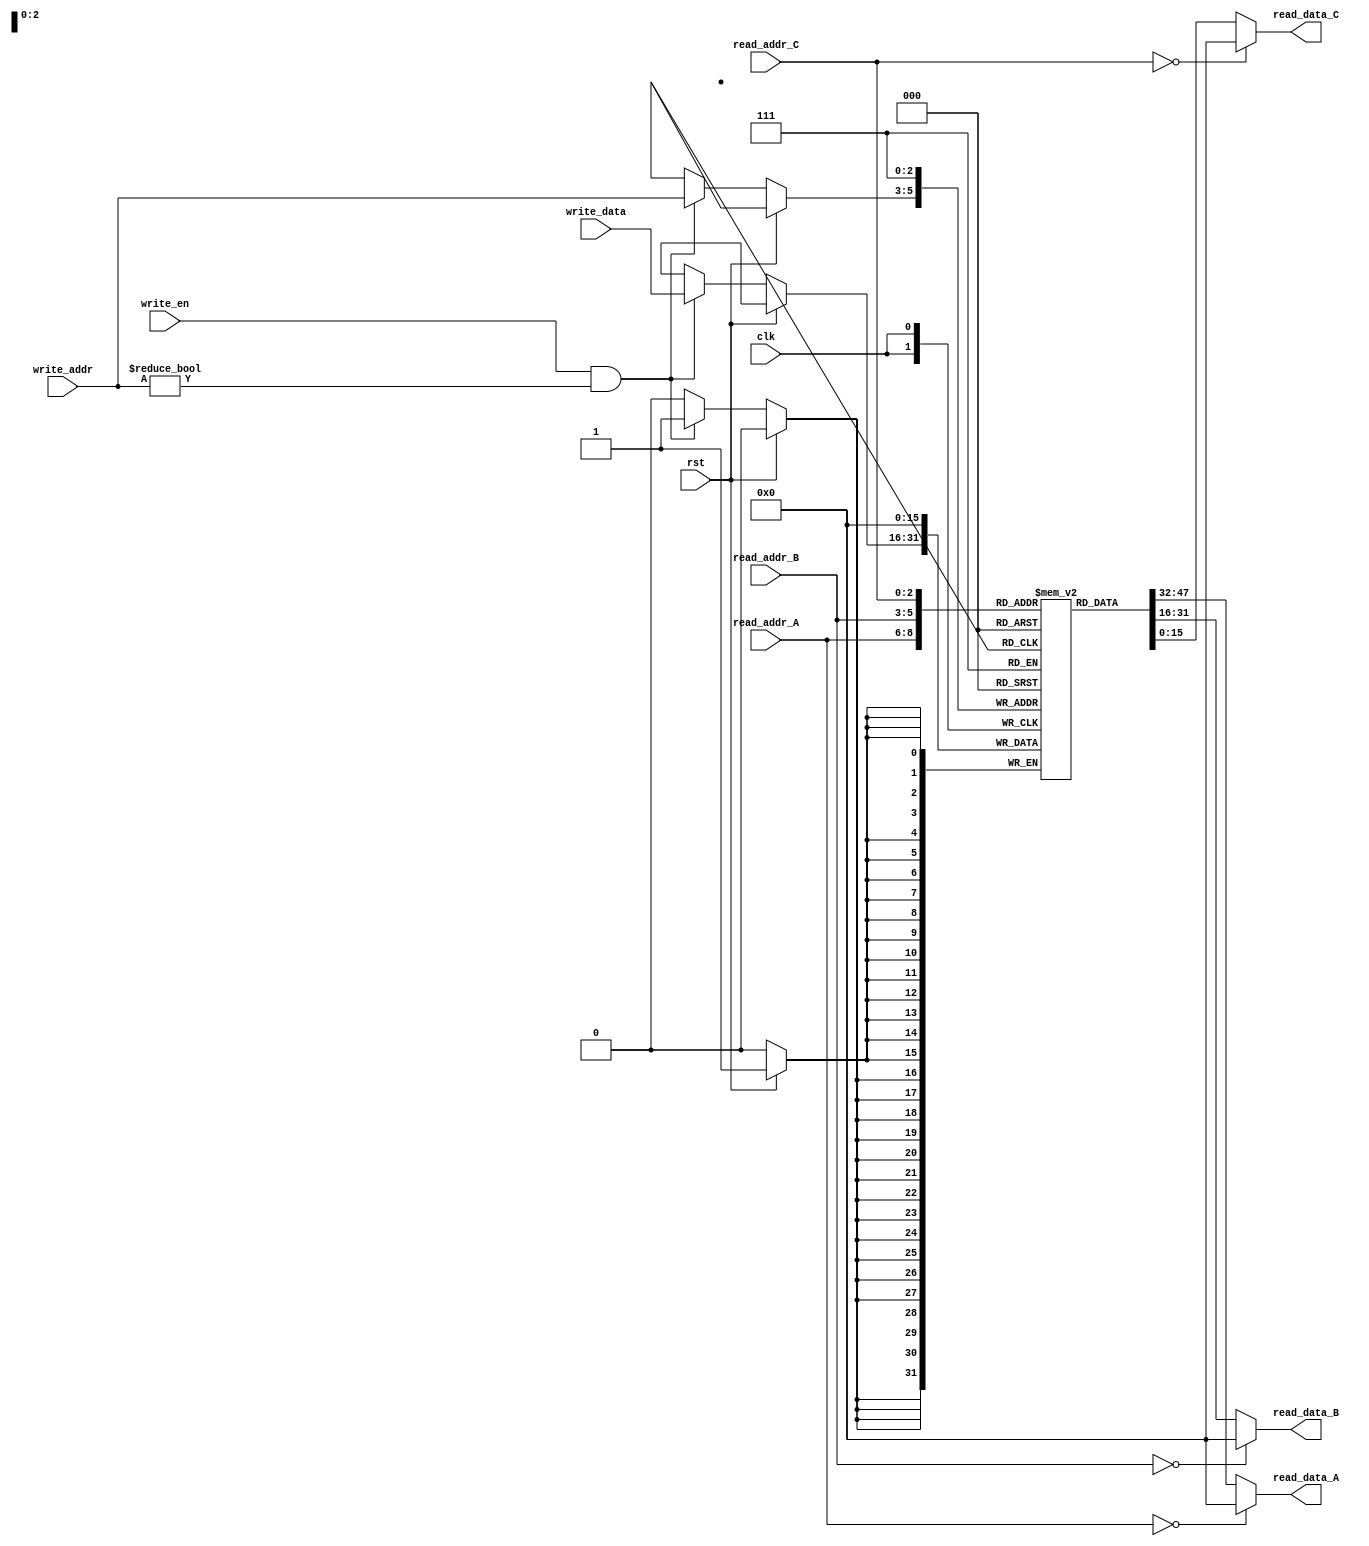
// Stump Register Bank Implementation
//
// J Pepper

module Stump_registers (input  wire        clk,         // System clock
                        input  wire        rst,         // Master reset
                        input  wire        write_en,    // Write enable
                        input  wire  [2:0] write_addr,  // dest
                        input  wire [15:0] write_data,  // Data in
                        input  wire  [2:0] read_addr_A, // src_A
                        output wire [15:0] read_data_A, // Operand A
                        input  wire  [2:0] read_addr_B, // src_B
                        output wire [15:0] read_data_B,	// Operand B
                        input  wire  [2:0] read_addr_C, // src_C
                        output wire [15:0] read_data_C);// Operand C

/* - - - - - - - - - - - - - - - - - - - - - - - - - - - - - - - - - - - - - -*/
/* Declarations of any internal signals and buses used                        */

reg  [15:0] r [0:7];				// Main register file
wire [15:0] PC;					    // Alias for r7 observability only see JSP

/* - - - - - - - - - - - - - - - - - - - - - - - - - - - - - - - - - - - - - -*/

/* - - - - - - - - - - - - - - - - - - - - - - - - - - - - - - - - - - - - - -*/
/* Register bank implementation here                                          */

initial r[0] = 16'h0000;			// R0 is always zero
// Okay for simulation/FPGA - would not work on ASIC

assign PC = r[7];

// Read ports read registers but force 0000 for R0
assign read_data_A = (read_addr_A == 0) ? 16'h0000 : r[read_addr_A];
assign read_data_B = (read_addr_B == 0) ? 16'h0000 : r[read_addr_B];
assign read_data_C = (read_addr_C == 0) ? 16'h0000 : r[read_addr_C];
// The third port (C) is not used for Stump execution;
// Its function is to allow observability via Perentie on the FPGA.

// Register write is synchronised by the clock
always @ (posedge clk)
  if (rst) r[7] <= 16'h0000;			// If reset, PC := 0000
  else
    if (write_en && (write_addr != 0))		// else write if enabled
      r[write_addr] <= write_data;		// and not R0

// In practice there is no need to trap both reads and writes to 'R0'
// This is done here for illustrative purposes.


// Print out whenever PC changes for debugging purposes
always @ (r[7]) $display("%t PC := %x", $time, r[7]);	// Simulation only

/*----------------------------------------------------------------------------*/

endmodule

/*============================================================================*/